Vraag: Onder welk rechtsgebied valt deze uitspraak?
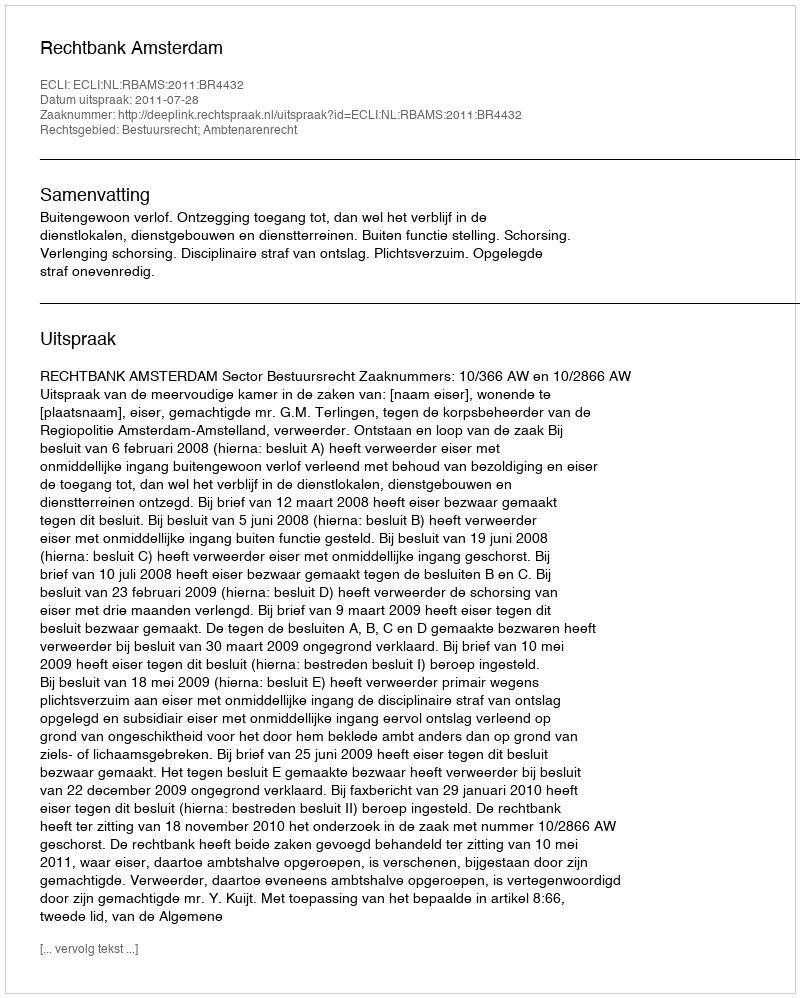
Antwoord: Bestuursrecht; Ambtenarenrecht